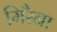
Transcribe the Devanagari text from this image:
मिरैना